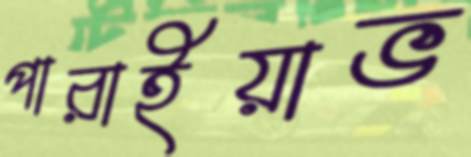
পারাইয়াভ